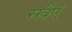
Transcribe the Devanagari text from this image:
सवैएँ